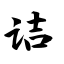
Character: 诘